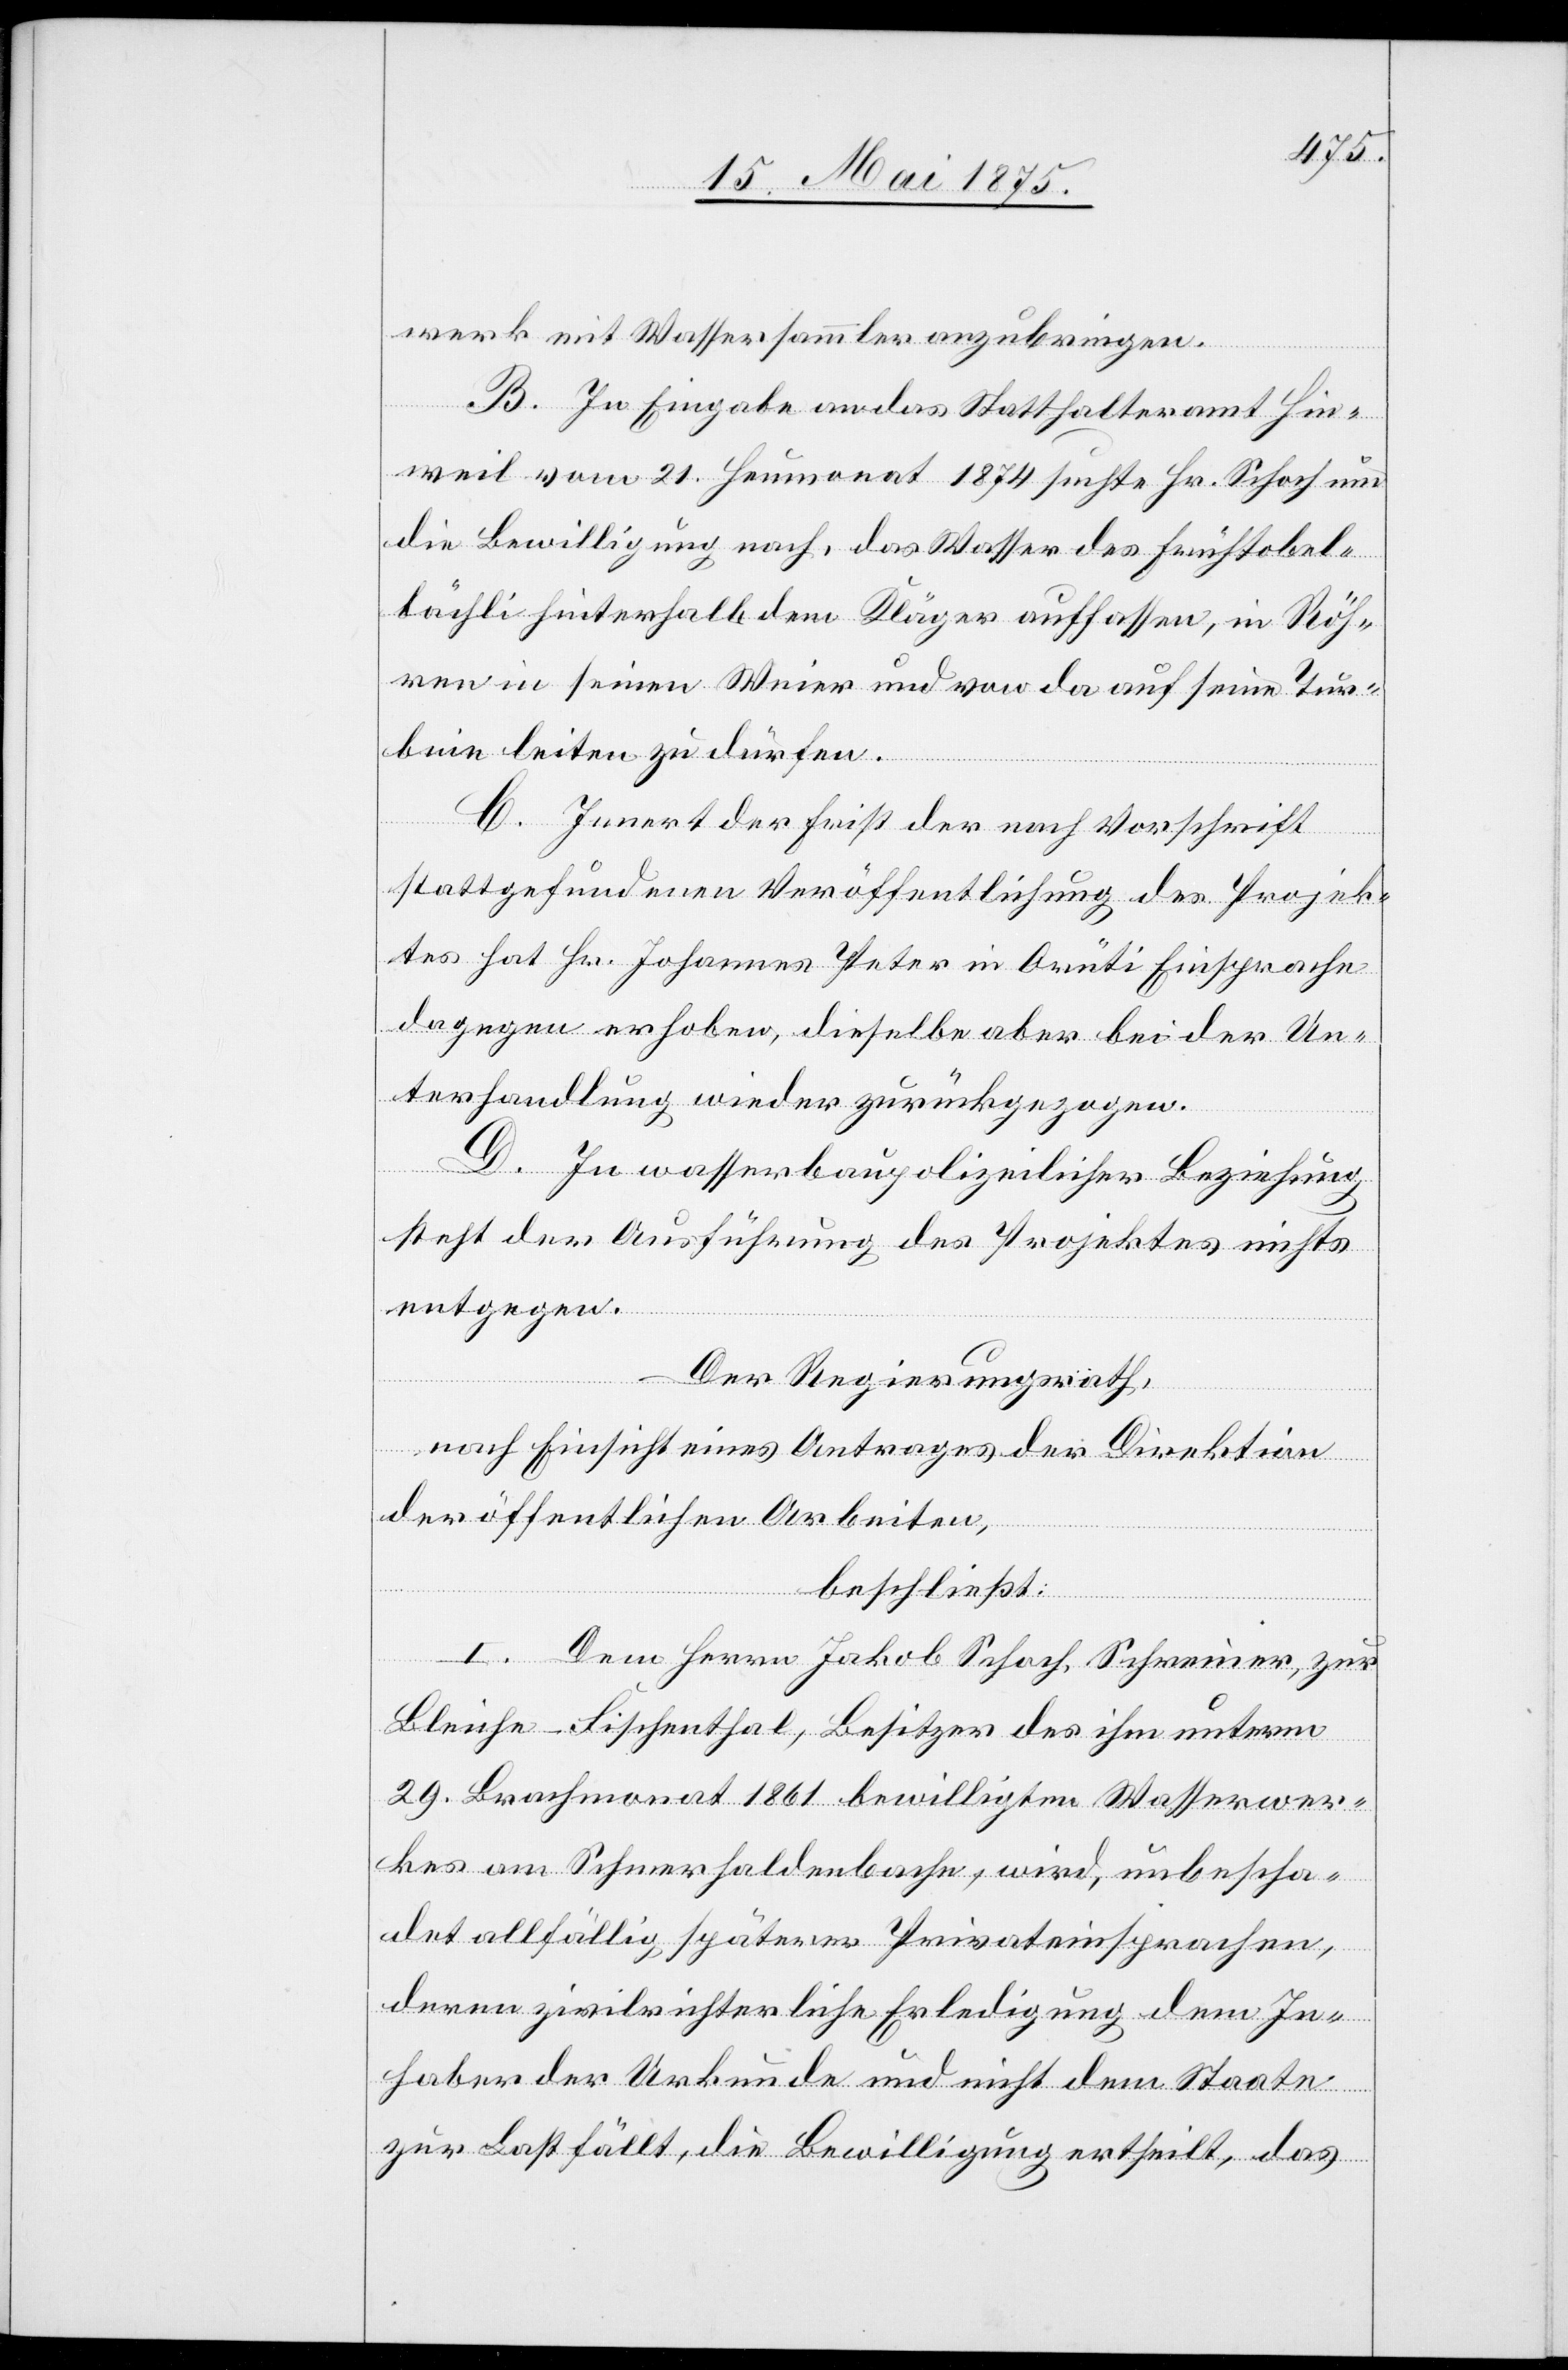
werk mit Wassersammler anzubringen.
B. In Eingabe an das Statthalteramt Hin¬
weil vom 21. Heumonat 1874 suchte Hr. Schoch um
die Bewilligung nach, das Wasser des Frühtobel¬
bächli hinterhalb dem Kläger auffassen, in Röh¬
ren in seinen Weier und von da auf seine Tur¬
bine leiten zu dürfen.
C. Innert der Frist der nach Vorschrift
stattgefundenen Veröffentlichung des Projek¬
tes hat Hr. Johannes Peter in Orüti Einsprache
dagegen erhoben, dieselbe aber bei der Un¬
terhandlung wieder zurückgezogen.
D. In wasserbaupolizeilicher Beziehung
steht der Ausführung des Projektes nichts
entgegen.
Der Regierungsrath,
nach Einsicht eines Antrages der Direktion
der öffentlichen Arbeiten,
beschließt:
I. Dem Herrn Jakob Schoch, Schreiner, zur
Bleiche - Fischenthal, Besitzer des ihm unterm
29. Brachmonat 1861 bewilligten Wasserwer¬
kes am Schmerhaldenbache, wird, unbescha¬
det allfällig späterer Privateinsprachen,
deren zivilrechtliche Erledigung dem In¬
haber der Urkunde und nicht dem Staate
zur Last fällt, die Bewilligung ertheilt, das